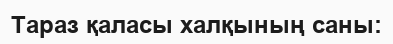
Тараз қаласы халқының саны: